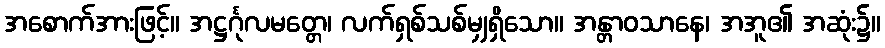
အစောက်အားဖြင့်။ အဋ္ဌင်္ဂုလမတ္တေ၊ လက်ရှစ်သစ်မျှရှိသော။ အန္တာဝသာနေ၊ အအူ၏ အဆုံး၌။